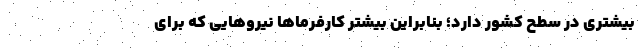
بیشتری در سطح کشور دارد؛ بنابراین بیشتر کارفرماها نیروهایی که برای